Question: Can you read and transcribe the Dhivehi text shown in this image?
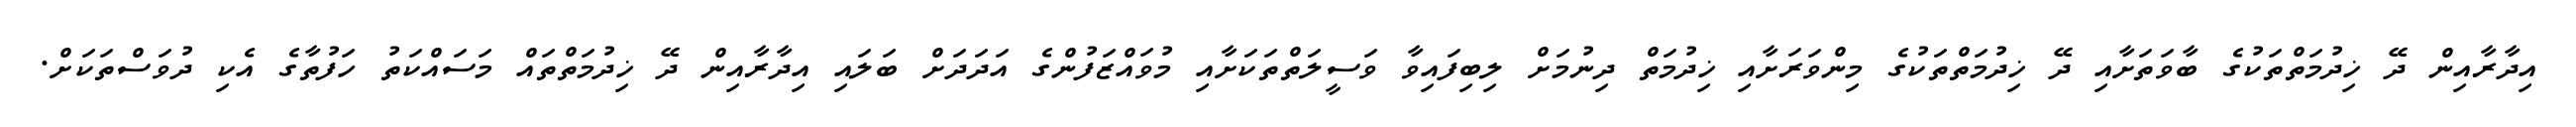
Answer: އިދާރާއިން ދޭ ޚިދުމަތްތަކުގެ ބާވަތަށާއި ދޭ ޚިދުމަތްތަކުގެ މިންވަރަށާއި ޚިދުމަތް ދިނުމަށް ލިބިފައިވާ ވަސީލަތްތަކަށާއި މުވައްޒަފުންގެ އަދަދަށް ބަލައި އިދާރާއިން ދޭ ޚިދުމަތްތައް މަސައްކަތު ހަފުތާގެ އެކި ދުވަސްތަކަށް.